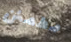
مطمئن